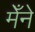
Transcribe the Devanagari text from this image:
मेँने